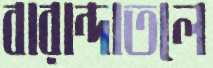
বারান্দাতলে